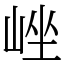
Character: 㟇